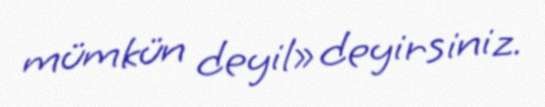
mümkün deyil» deyirsiniz.